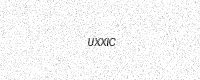
Text: UXXIC